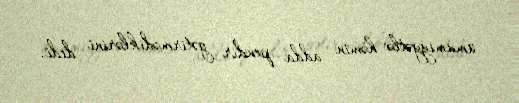
ümumiyyətlə həmin adda pendir gətirmədiklərini dedi.